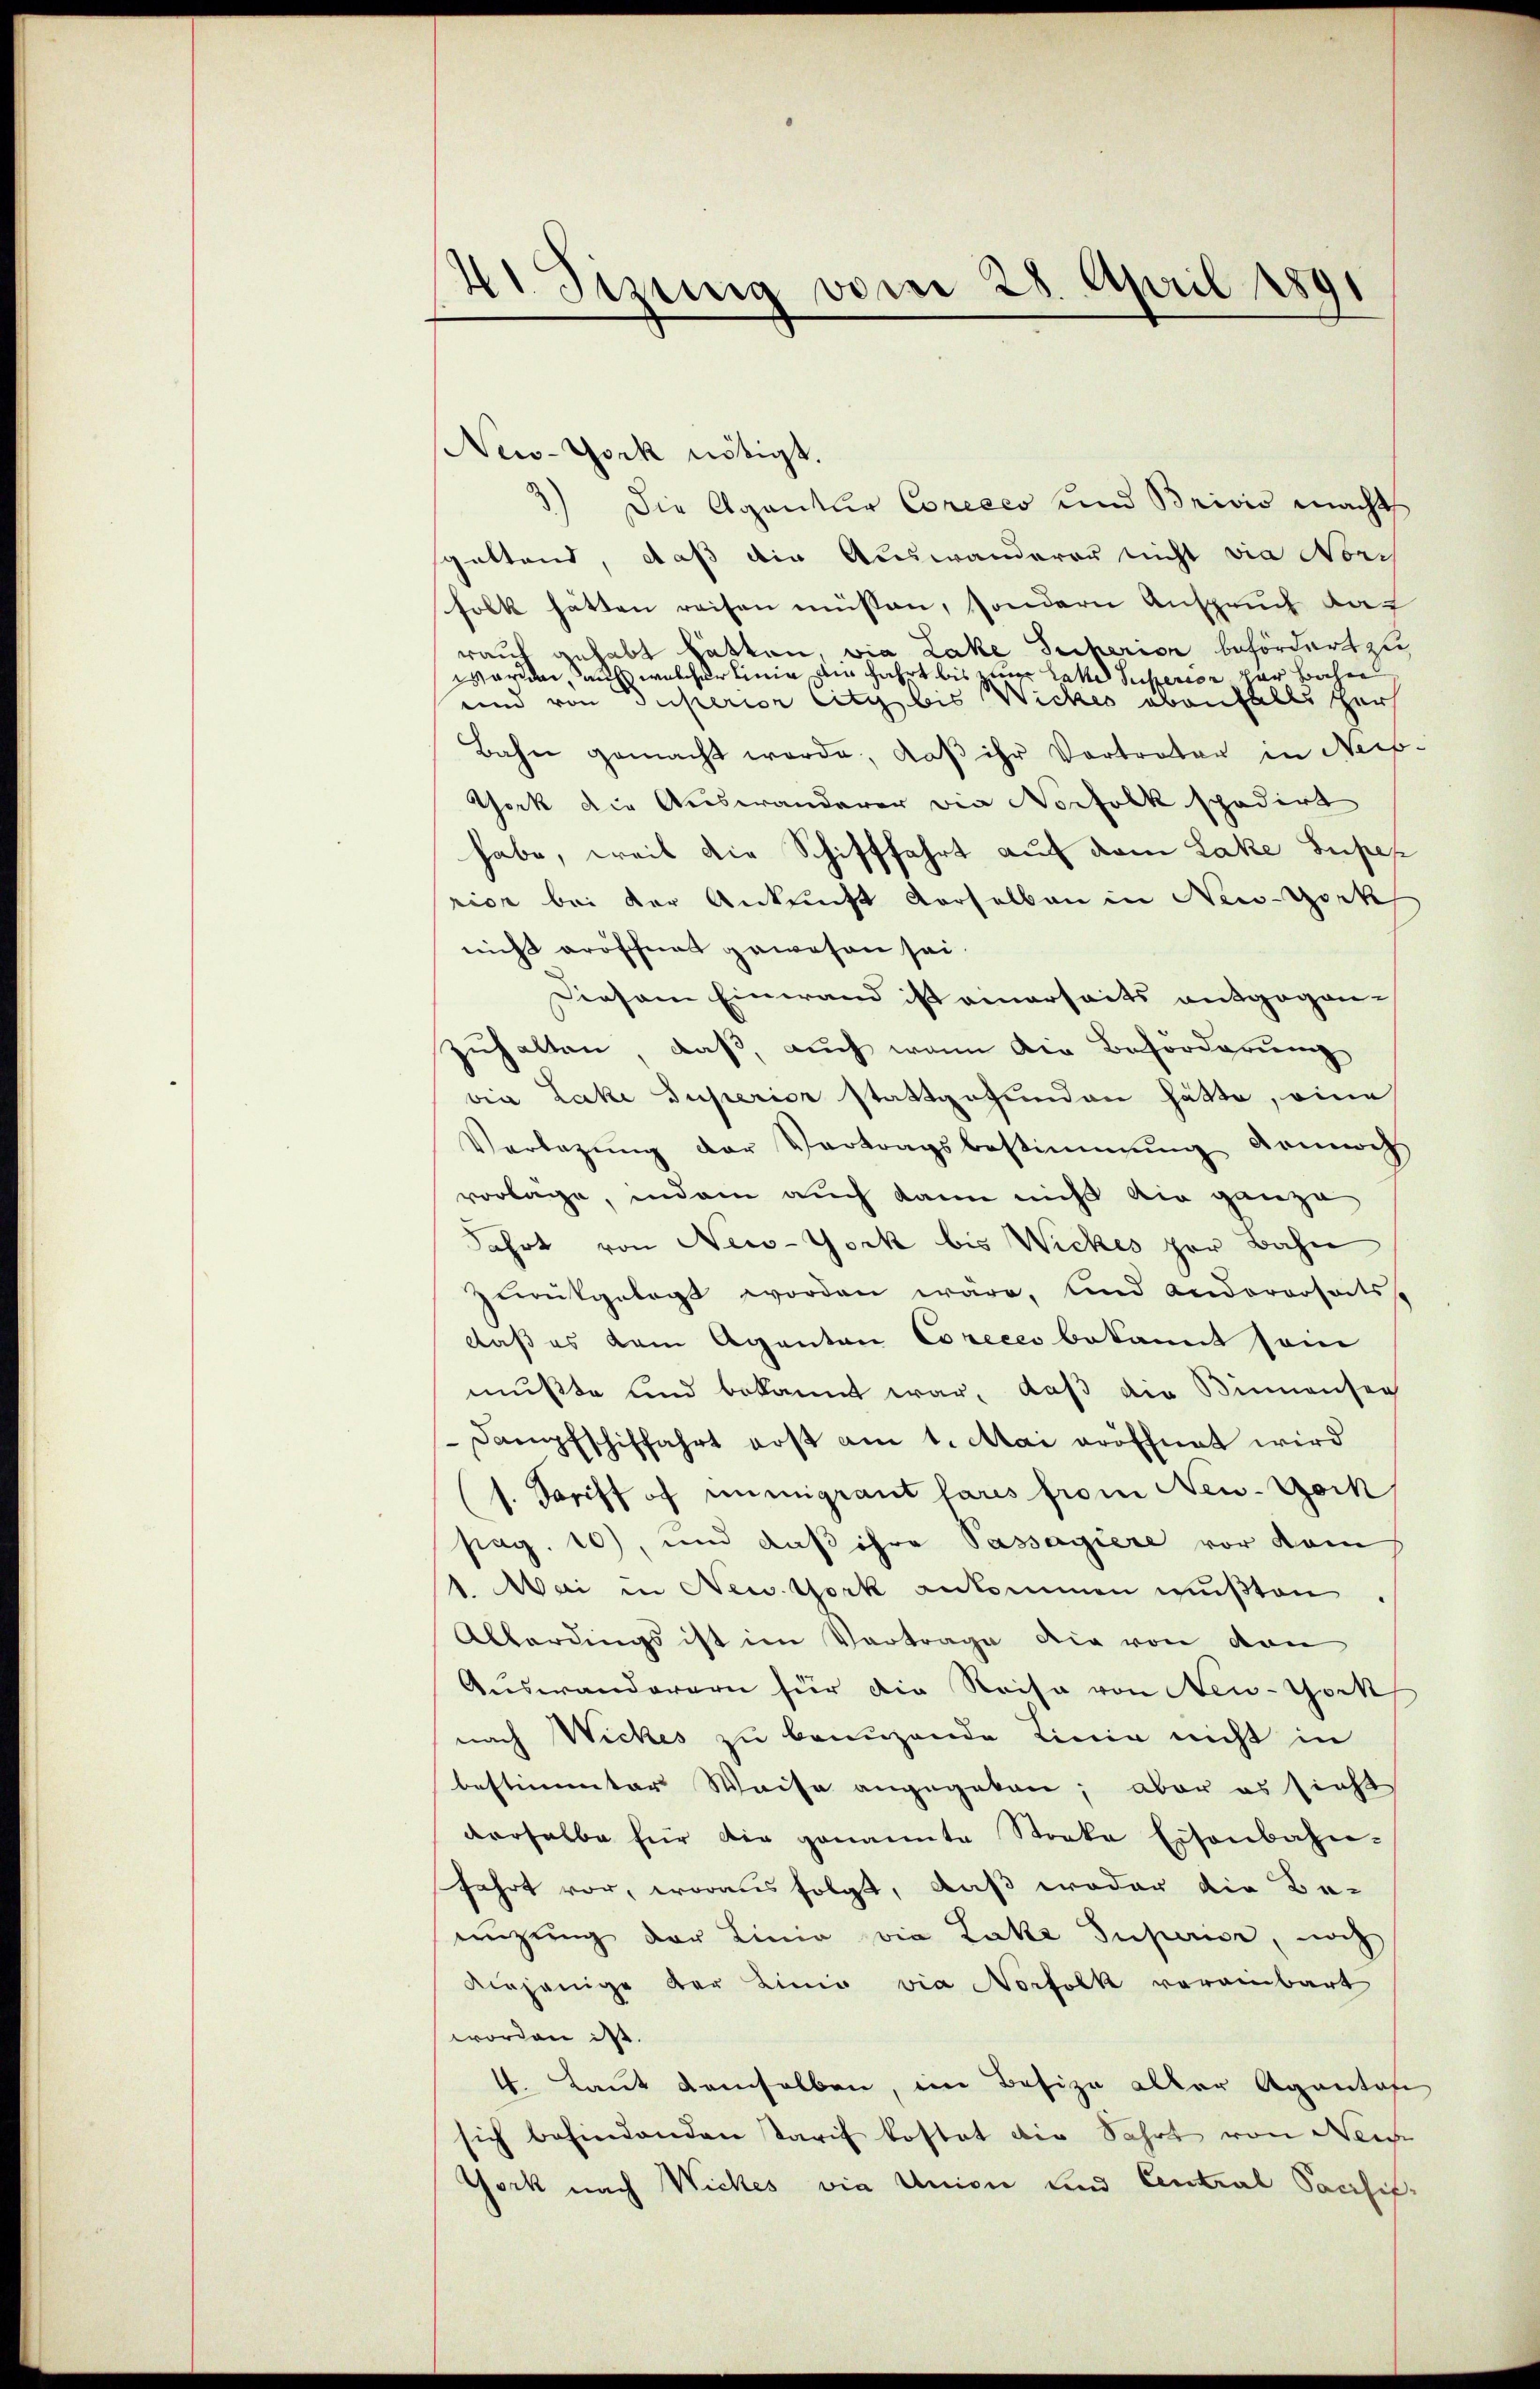
41. Sizung vom 28. April 1891

New-York nötigt.
) Die Agentur Coreees und Brisis macht
gattend, daß die Auswanderer nicht via Norch
folk hätten reisen müssen, sondern Anspruch daf
rauf gehabt hätten, wie Lake Sicherin befördert zu
worden aus welcher Linie die Fahrt bis zur Latte Superior der Bahne
und von Superior sitz bis Wicker ebenfalls ger
Bahn gemacht werde, daß ihr Vortreter in Neip-
York die Auswanderer die Norfolk spedirt
habe, weil die Schifffahrt auf dem Lake Super
ricz bei der Ankunft derselben in New-York
nicht eröschnet gewesen sei.
Diesem Einwand ist einerseits entgegen-
zuhalten, daß, auch wenn die Beforderung
viie Lacke Superior stattgefunden hätte, eine
Verlegŭng der Vertragsbestimmung dennoch
vorlage, indem auch kann nicht die ganze
Fahrt von New-York bis Wickes zur Bahn
zurükgelegt worden wäre, und andererseits-
daß es dem Aganten Corecco bekannt sein
mußte und bekannt war, daß die Binnensee
Dampfschiffahrt erst am 1. Mai eröffnet wird
s. Pariff of immigrant fares from New-York
pag. 10), und daß ihre Passagiere vor kam
1. Mai in New York ankommen mußten
Allerdings ist im Vortrage die von den
Auswanderern für die Reise von New-York
nach Wickes zu bringende Linie nicht in
bestimmter Weise angegeben; aber es sieht
verhalbe für die genannte Stocke Eisenbahn-
fahrt vor, woraus folgt, daß weder die Be-
nüzung der Linie die Lake Superie, noch
diejenige der Linie via Norfolk vereinbart
worden ist.
4. Laut demselben, im Besize aller Agantas
sich behindenden Tarif kostet die Fahrt von Nei
York nach Wickes vie Union und Central Sacchif¬